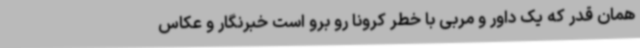
همان قدر که یک داور و مربی با خطر کرونا رو برو است خبرنگار و عکاس